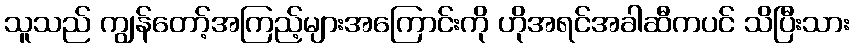
သူသည် ကျွန်တော့်အကြည့်များအကြောင်းကို ဟိုအရင်အခါဆီကပင် သိပြီးသား